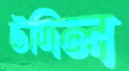
উদিল